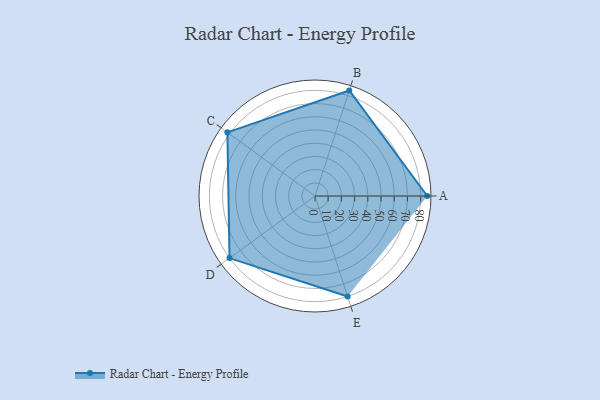
{"axis": {"x": "Skill", "y": "Score"}, "legend": ["Profile"], "data": [{"x": "A", "y": 85.0, "type": "Profile"}, {"x": "B", "y": 84.0, "type": "Profile"}, {"x": "C", "y": 82.0, "type": "Profile"}, {"x": "D", "y": 80.0, "type": "Profile"}, {"x": "E", "y": 80.0, "type": "Profile"}]}